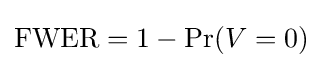
\mathrm {FWER} =1-\Pr(V=0)